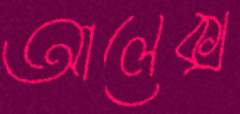
আলেক্স